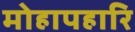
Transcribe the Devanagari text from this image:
मोहापहारि